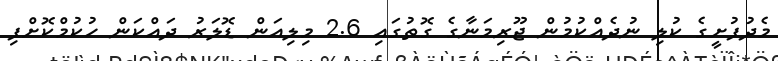
މެދުފުށީގެ ކުލި ނުދެއްކުމުން ޖޫރިމަނާގެ ގޮތުގައި 2.6 މިލިއަން ޑޮލަރު ދައްކަން ހުކުމްކޮށްފި